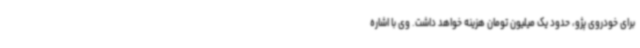
برای خودروی پژو، حدود یک میلیون تومان هزینه خواهد داشت. وی با اشاره